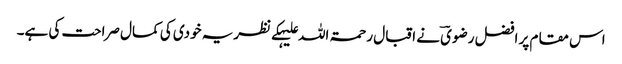
اس مقام پر افضل رضویؔ نے اقبال رحمۃ اللہ علیہکے نظریہ خودی کی کمال صراحت کی ہے۔